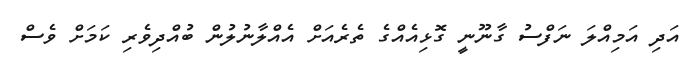
އަދި އަމިއްލަ ނަފްސު ގާނޫނީ ގޮޅިއެއްގެ ތެރެއަށް އެއްލާނުލުން ބުއްދިވެރި ކަމަށް ވެސް